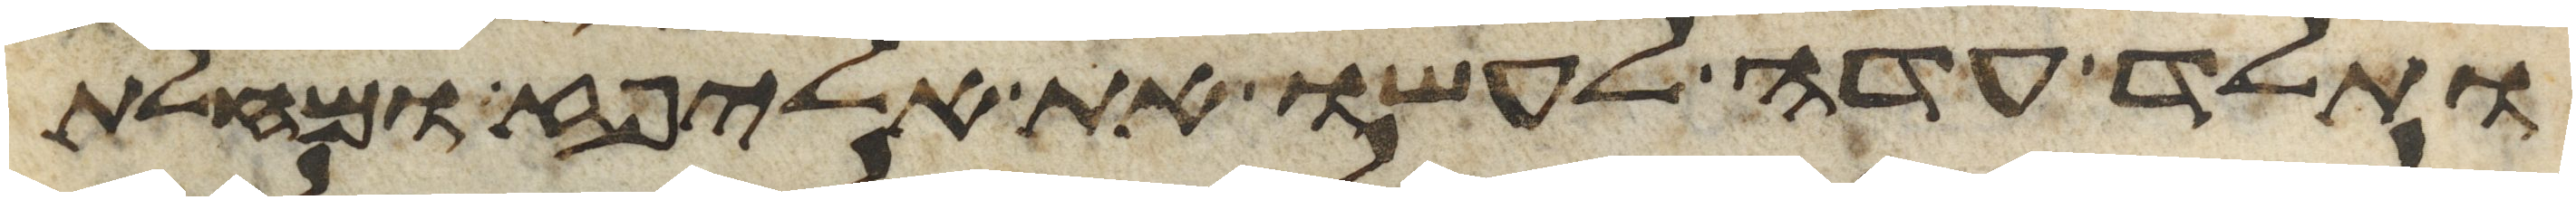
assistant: ותלד עדה לעשו את אליפז ומחלת